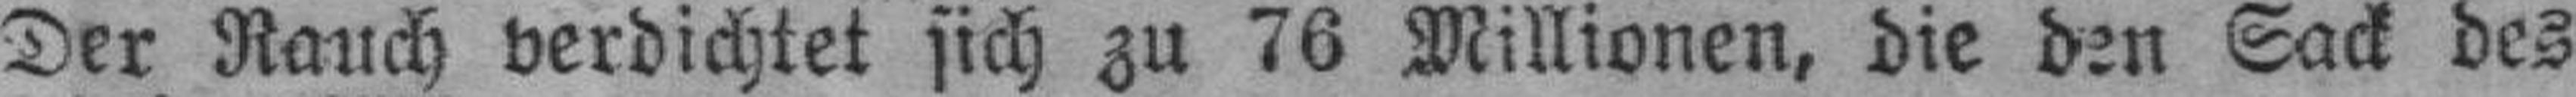
Der Rauch verdichtet sich zu 76 Millionen, die den Sack des